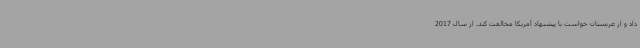
داد و از عربستان خواست با پیشنهاد آمریکا مخالفت کند. از سال 2017